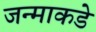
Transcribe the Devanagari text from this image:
जन्माकडे